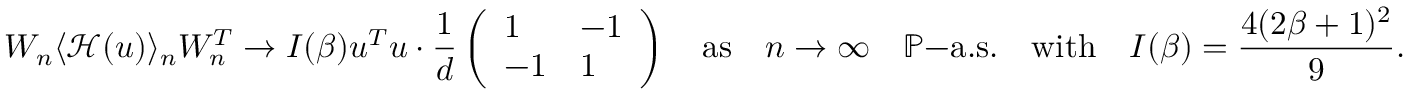
W _ { n } \langle \mathcal { H } ( u ) \rangle _ { n } W _ { n } ^ { T } \to I ( \beta ) u ^ { T } u \cdot \frac { 1 } { d } \left( \begin{array} { l l } { 1 } & { - 1 } \\ { - 1 } & { 1 } \end{array} \right) \quad \mathrm { a s } \quad n \to \infty \quad \mathbb { P } \mathrm { - a . s . } \quad \mathrm { w i t h } \quad I ( \beta ) = \frac { 4 ( 2 \beta + 1 ) ^ { 2 } } { 9 } .